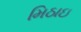
મિઠાઇ